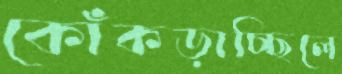
কোঁকড়াচ্ছিলে